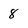
Character: 8